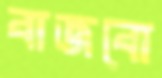
বাজবো